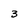
Character: 3